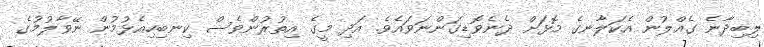
ލިބިދާނެ ގެއްލުން އެކަލާނގެ މޮޅަށް ދެނެވޮޑިގަންނަވައެވެ. އަދި މީގެ އިތުރުންވެސް ކިނބިހިއެޅުމުން ނޭވާލުމުގެ